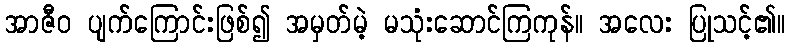
အာဇီဝ ပျက်ကြောင်းဖြစ်၍ အမှတ်မဲ့ မသုံးဆောင်ကြကုန်။ အလေး ပြုသင့်၏။